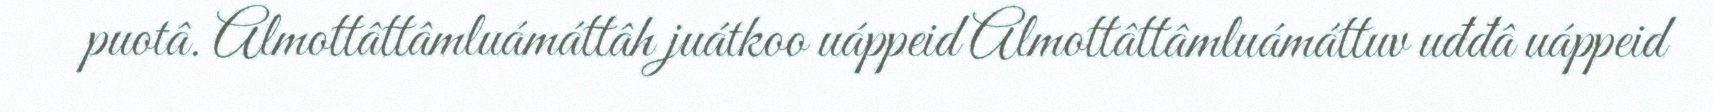
puotâ. Almottâttâmluámáttâh juátkoo uáppeid Almottâttâmluámáttuv uđđâ uáppeid